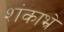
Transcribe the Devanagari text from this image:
शंकाभ्रे